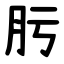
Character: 肟